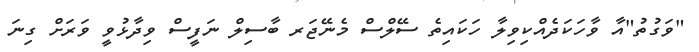
"ވަގުތު"އާ ވާހަަކަދެއްކިވިލާ ހަކައިތެ ސޭލްސް މެނޭޖަރ ބާސިލް ނަފީސް ވިދާޅުވީ ވަރަށް ގިނަ